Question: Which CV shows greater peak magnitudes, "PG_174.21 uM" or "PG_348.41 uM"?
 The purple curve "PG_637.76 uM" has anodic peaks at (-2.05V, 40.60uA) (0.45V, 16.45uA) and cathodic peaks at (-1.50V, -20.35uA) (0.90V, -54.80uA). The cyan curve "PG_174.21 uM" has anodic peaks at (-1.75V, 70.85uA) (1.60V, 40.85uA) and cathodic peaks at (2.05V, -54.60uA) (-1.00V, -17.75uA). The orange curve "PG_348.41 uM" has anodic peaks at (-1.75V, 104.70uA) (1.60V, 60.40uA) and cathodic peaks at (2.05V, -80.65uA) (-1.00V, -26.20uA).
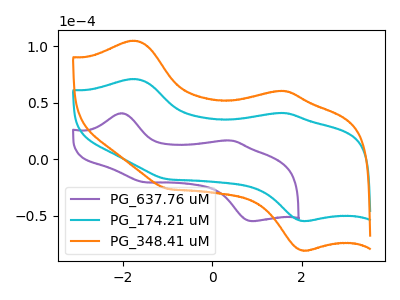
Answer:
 <answer>Every peak in "PG_174.21 uM" is lower than every peak in "PG_348.41 uM".</answer>
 <eval>lower</eval>